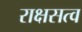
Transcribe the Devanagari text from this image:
राक्षसत्व